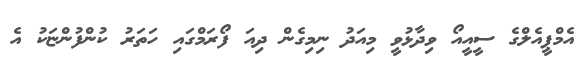
އެމްޕީއެލްގެ ސީއީއޯ ވިދާޅުވީ މިއަދު ނިމިގެން ދިއަ ފޯރަމްގައި ހަތަރު ކުންފުންޏަކު އެ